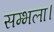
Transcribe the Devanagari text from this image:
सम्भला।